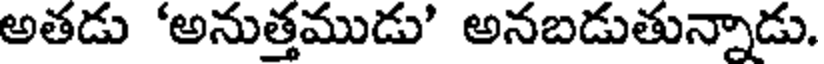
అతడు 'అనుత్తముడు' అనబడుతున్నాడు.